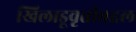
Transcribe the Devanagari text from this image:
खिलाडूवृत्तीबद्दल